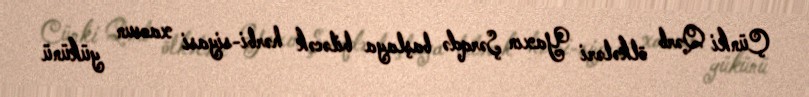
Çünki Qərb ölkələri Yaxın Şərqdə başlaya biləcək hərbi-siyasi xaosun yükünü